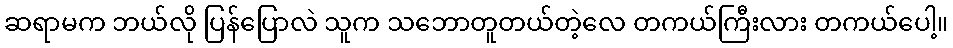
ဆရာမက ဘယ်လို ပြန်ပြောလဲ သူက သဘောတူတယ်တဲ့လေ တကယ်ကြီးလား တကယ်ပေါ့။